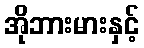
အိုဘားမားနှင့်